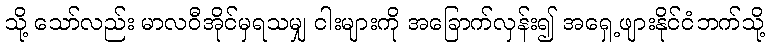
သို့ သော်လည်း မာလဝီအိုင်မှရသမျှ ငါးများကို အခြောက်လှန်း၍ အရှေ့ဖျားနိုင်ငံဘက်သို့